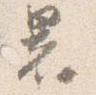
署